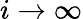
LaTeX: i\to\infty